Leaving Certificate Examination, 1910
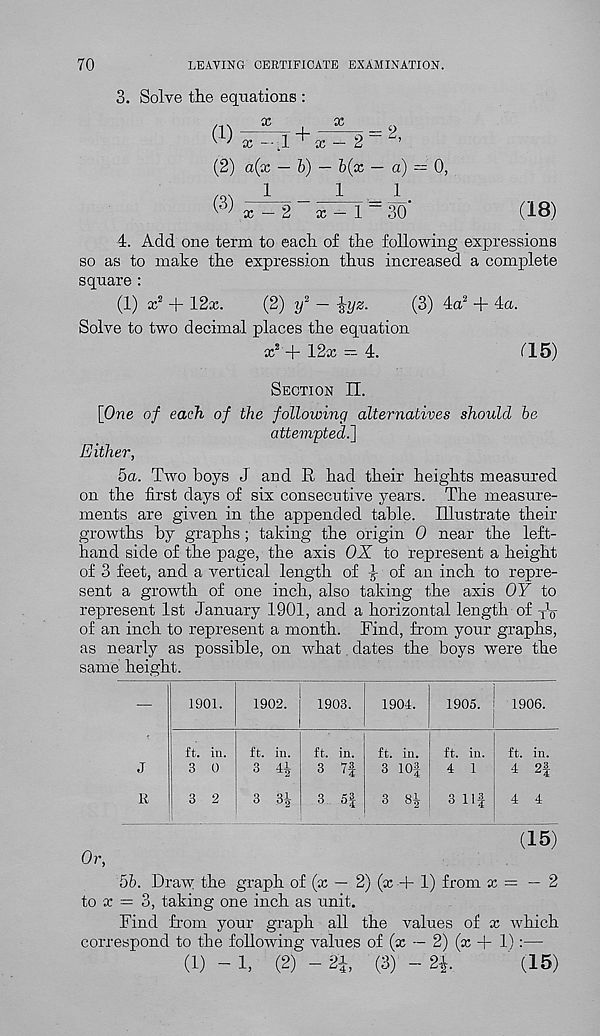
70
LEAVING CERTIFICATE EXAMINATION.
3. Solve the equations :
(1)
X
■ -g- ^ 9
x — L l~ x — 2
’
(2) a(x — b) — b(x — a) = 0,
(3)
1
fLi.
x - 2
x — 1
30
(18)
4. Add one term to each of the following expressions
so as to make the expression thus increased a complete
square :
(1) x 2 + 12x.
(2) y 2 — j^yz.
(3) 4a 2 + 4a.
Solve to two decimal places the equation
x 2 + 12x = 4.
115)
Section II.
[One of each of the following alternatives should be
attempted^]
Either,
5a. Two boys J and R had their heights measured
on the first days of six consecutive years. The measure-
ments are given in the appended table. Illustrate their
growths by graphs; taking the origin 0 near the left-
hand side of the page, the axis OX to represent a height
of 3 feet, and a vertical length of i of an inch to repre-
sent a growth of one inch, also taking the axis OY to
represent 1st January 1901, and a horizontal length of X V
of an inch to represent a month. Find, from your graphs,
as nearly as possible, on what dates the boys were the
same height.
J
R
1901.
ft. in.
3 0
1902.
ft. in.
3 41
3 31
1903.
ft. in.
3 7|
1905.
1906.
1904.
ft. in.
3 10f
3 81
ft. in.
4 1
3 Ilf
ft. in.
4 2|
4 4
Or,
(15)
56. Draw the graph of (x — 2) (x + 1) from x = — 2
to x = 3, taking one inch as unit.
Find from your graph all the values of x which
correspond to the following values of (x — 2) (x + 1) :—
(1) -1, (2) -2i
(3) -2|.
(15)